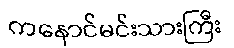
ကနောင်မင်းသားကြီး